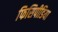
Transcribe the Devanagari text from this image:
फिसिपीडिया